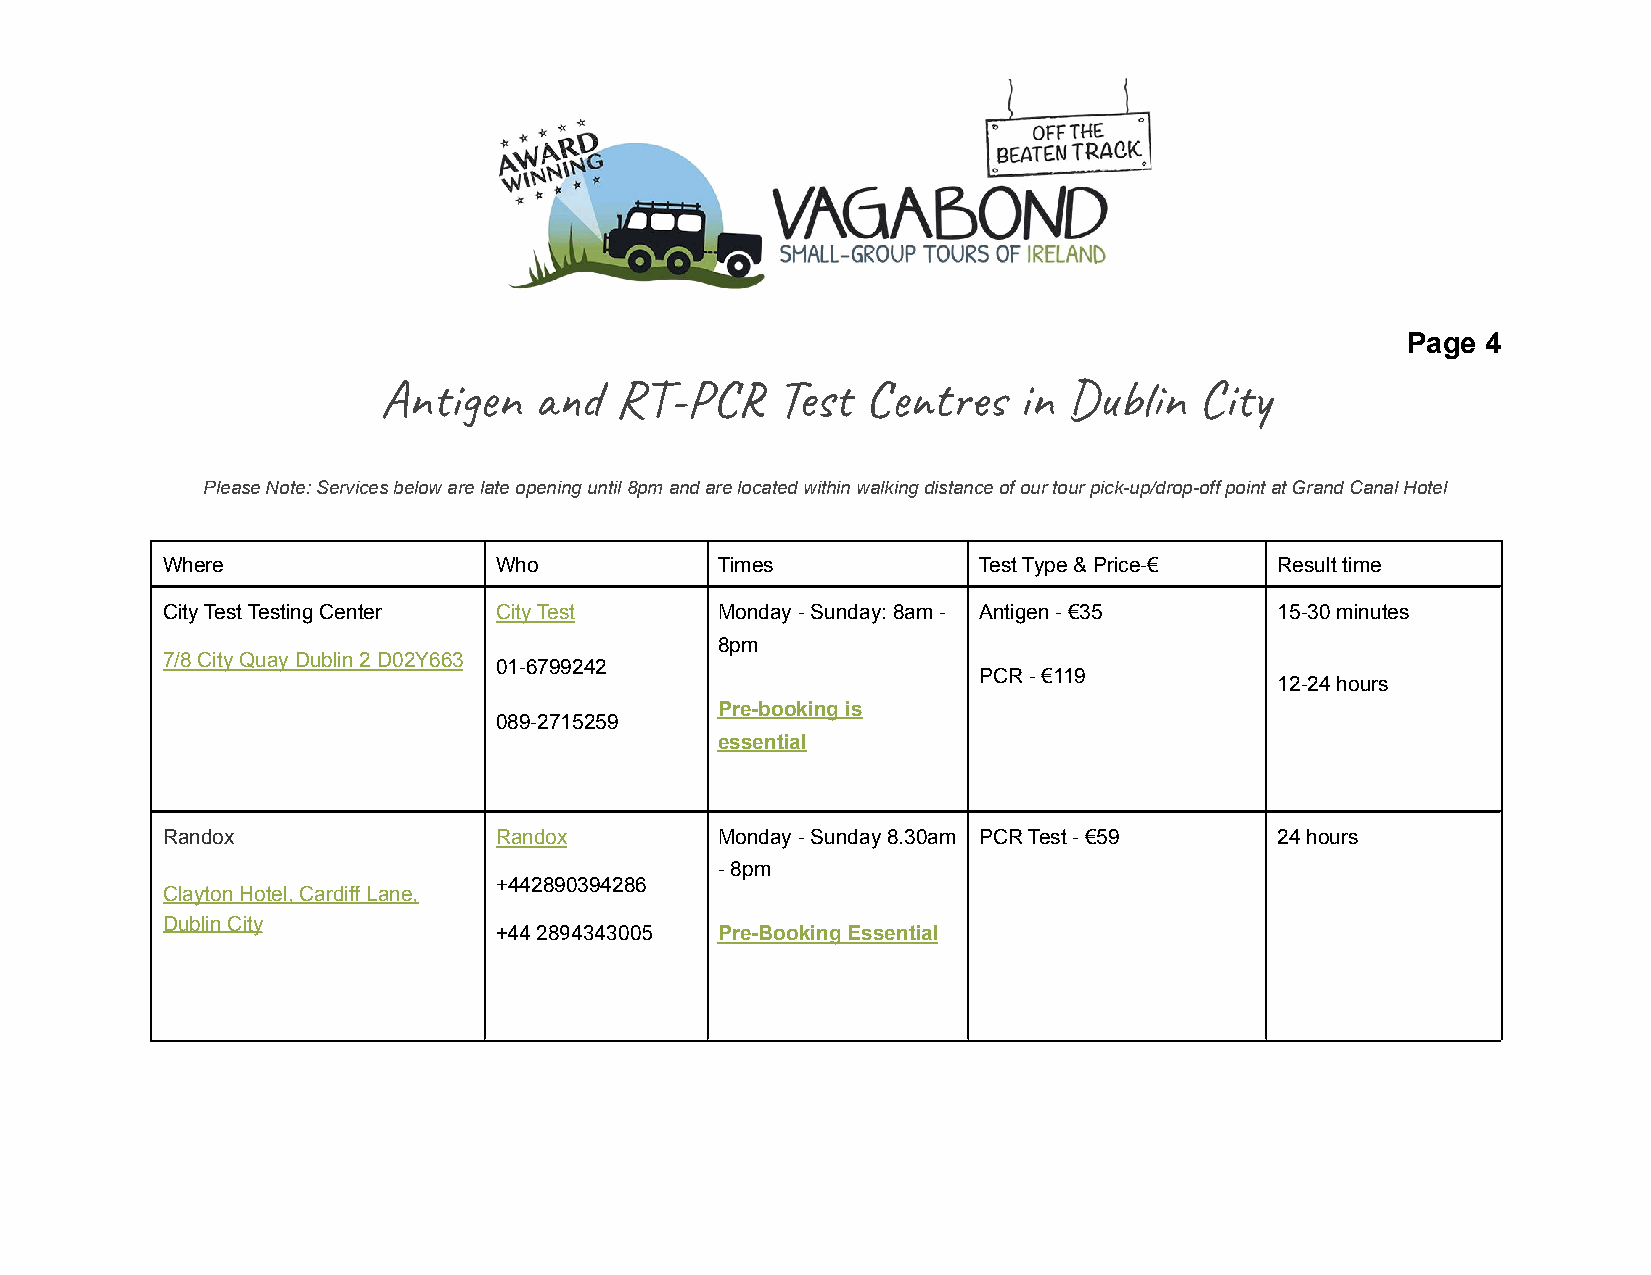
Page 4
 Anin      R-P    Tes  t   in  Dn  Ci
 Please Note:Services below are late opening until8pm and are located within walking distance of our tour pick-up/drop-off point at Grand Canal Hotel
 Where                 Who           Times             Test Type & Price-€ Result time
 City Test Testing Center City Test  Monday - Sunday: 8am - Antigen - €35  15-30 minutes
 8pm
 7/8 City Quay Dublin 2 D02Y663
 01-6799242
 PCR - €119
 12-24 hours
 Pre-booking is
 089-2715259
 essential
 Randox                Randox        Monday - Sunday 8.30am PCR Test - €59 24 hours
 - 8pm
 +442890394286
 Clayton Hotel, Cardiff Lane,
 Dublin City
 +44 2894343005 Pre-Booking Essential